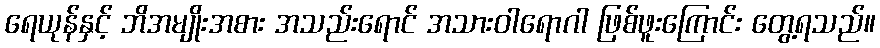
ရေယုန်နှင့် ဘိအမျိုးအစား အသည်းရောင် အသားဝါရောဂါ ဖြစ်ဖူးကြောင်း တွေ့ရသည်။